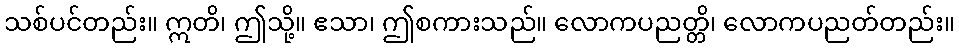
သစ်ပင်တည်း။ ဣတိ၊ ဤသို့။ ဧသာ၊ ဤစကားသည်။ လောကပညတ္တိ၊ လောကပညတ်တည်း။